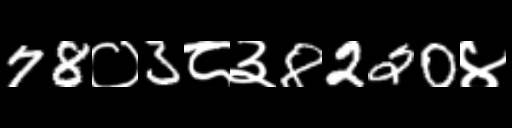
Text: 78०3८३8220४